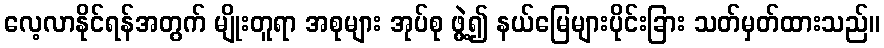
လေ့လာနိုင်ရန်အတွက် မျိုးတူရာ အစုများ အုပ်စု ဖွဲ့၍ နယ်မြေများပိုင်းခြား သတ်မှတ်ထားသည်။